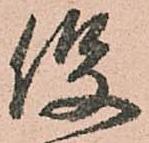
役